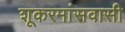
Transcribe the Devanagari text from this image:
शूकरमांसवासी